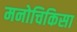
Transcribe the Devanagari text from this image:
मनोचिकिसा